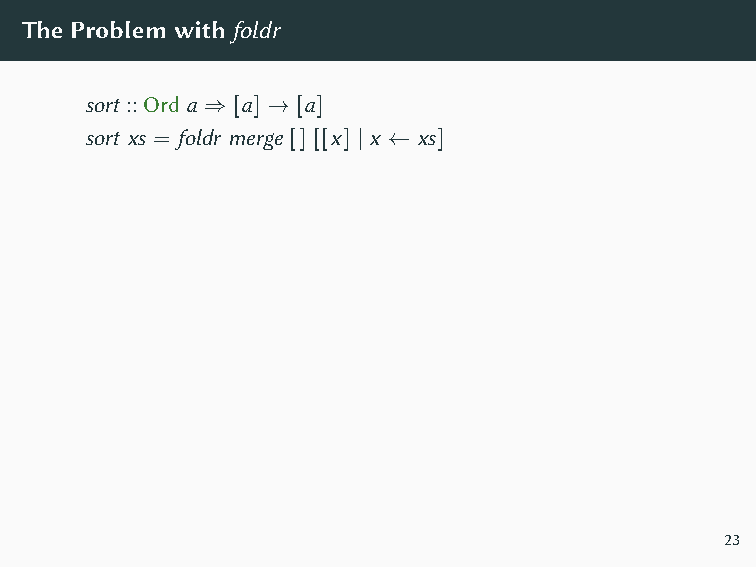
Unfortunately,thisis
 actuallyinsertionsort!
 merge [x] ys = insert x ys
 ⊕
 Theproblemisthatfoldr istoounbalanced. 1 ⊕
 2 ⊕
 foldr (⊕) ∅ [1..5] =
 1⊕(2⊕(3⊕(4⊕(5⊕∅))))             3  ⊕
 4 ⊕
 5  ∅
 Mergesortcruciallydividestheworkinabalancedway!
 TheProblemwithfoldr
 sort ::Ord a ⇒ [a] → [a]
 sort xs = foldr merge [] [[x] | x ← xs]
 23